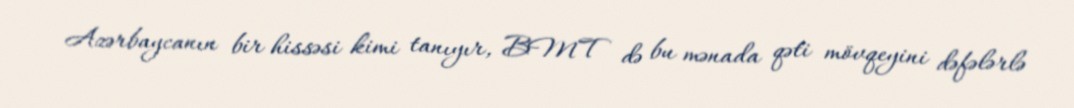
Azərbaycanın bir hissəsi kimi tanıyır, BMT də bu mənada qəti mövqeyini dəfələrlə